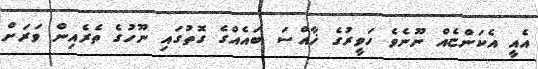
އެއީ އެކަންޏެއް ނޫނެވެ ހަވީރުގެ ޚާއްސަ ބައެއްގެ ގޮތުގައި ނޫހުގެ ތެރެއިން ވަރަށް